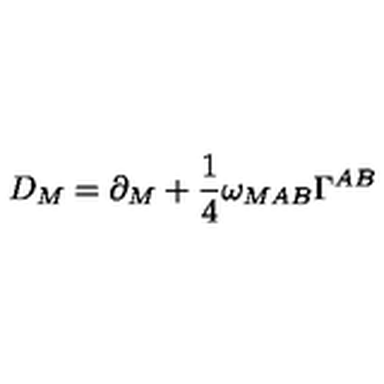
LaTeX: D _ { M } = \partial _ { M } + { \frac { 1 } { 4 } } \omega _ { M A B } \Gamma ^ { A B }